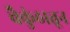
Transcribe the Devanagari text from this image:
वैकुंठातून